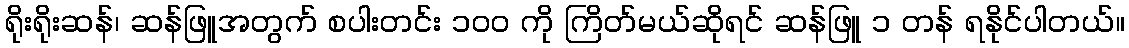
ရိုးရိုးဆန်၊ ဆန်ဖြူအတွက် စပါးတင်း ၁၀၀ ကို ကြိတ်မယ်ဆိုရင် ဆန်ဖြူ ၁ တန် ရနိုင်ပါတယ်။